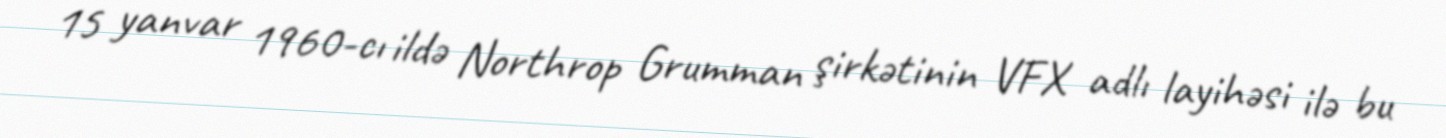
15 yanvar 1960-cı ildə Northrop Grumman şirkətinin VFX adlı layihəsi ilə bu